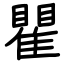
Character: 瞿